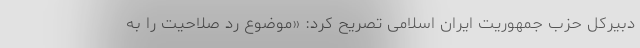
دبیرکل حزب جمهوریت ایران اسلامی تصریح کرد: «موضوع رد صلاحیت را به